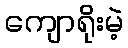
ကျောရိုးမဲ့